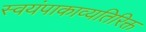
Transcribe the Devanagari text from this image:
स्वयंपाकाव्यतिरिक्त